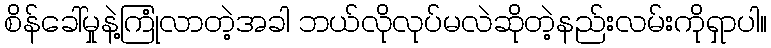
စိန်ခေါ်မှုနဲ့ကြုံလာတဲ့အခါ ဘယ်လိုလုပ်မလဲဆိုတဲ့နည်းလမ်းကိုရှာပါ။